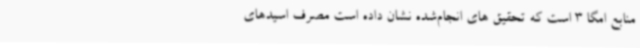
منابع امگا 3 است که تحقیق های انجام‌شده نشان داده‌ است مصرف اسیدهای